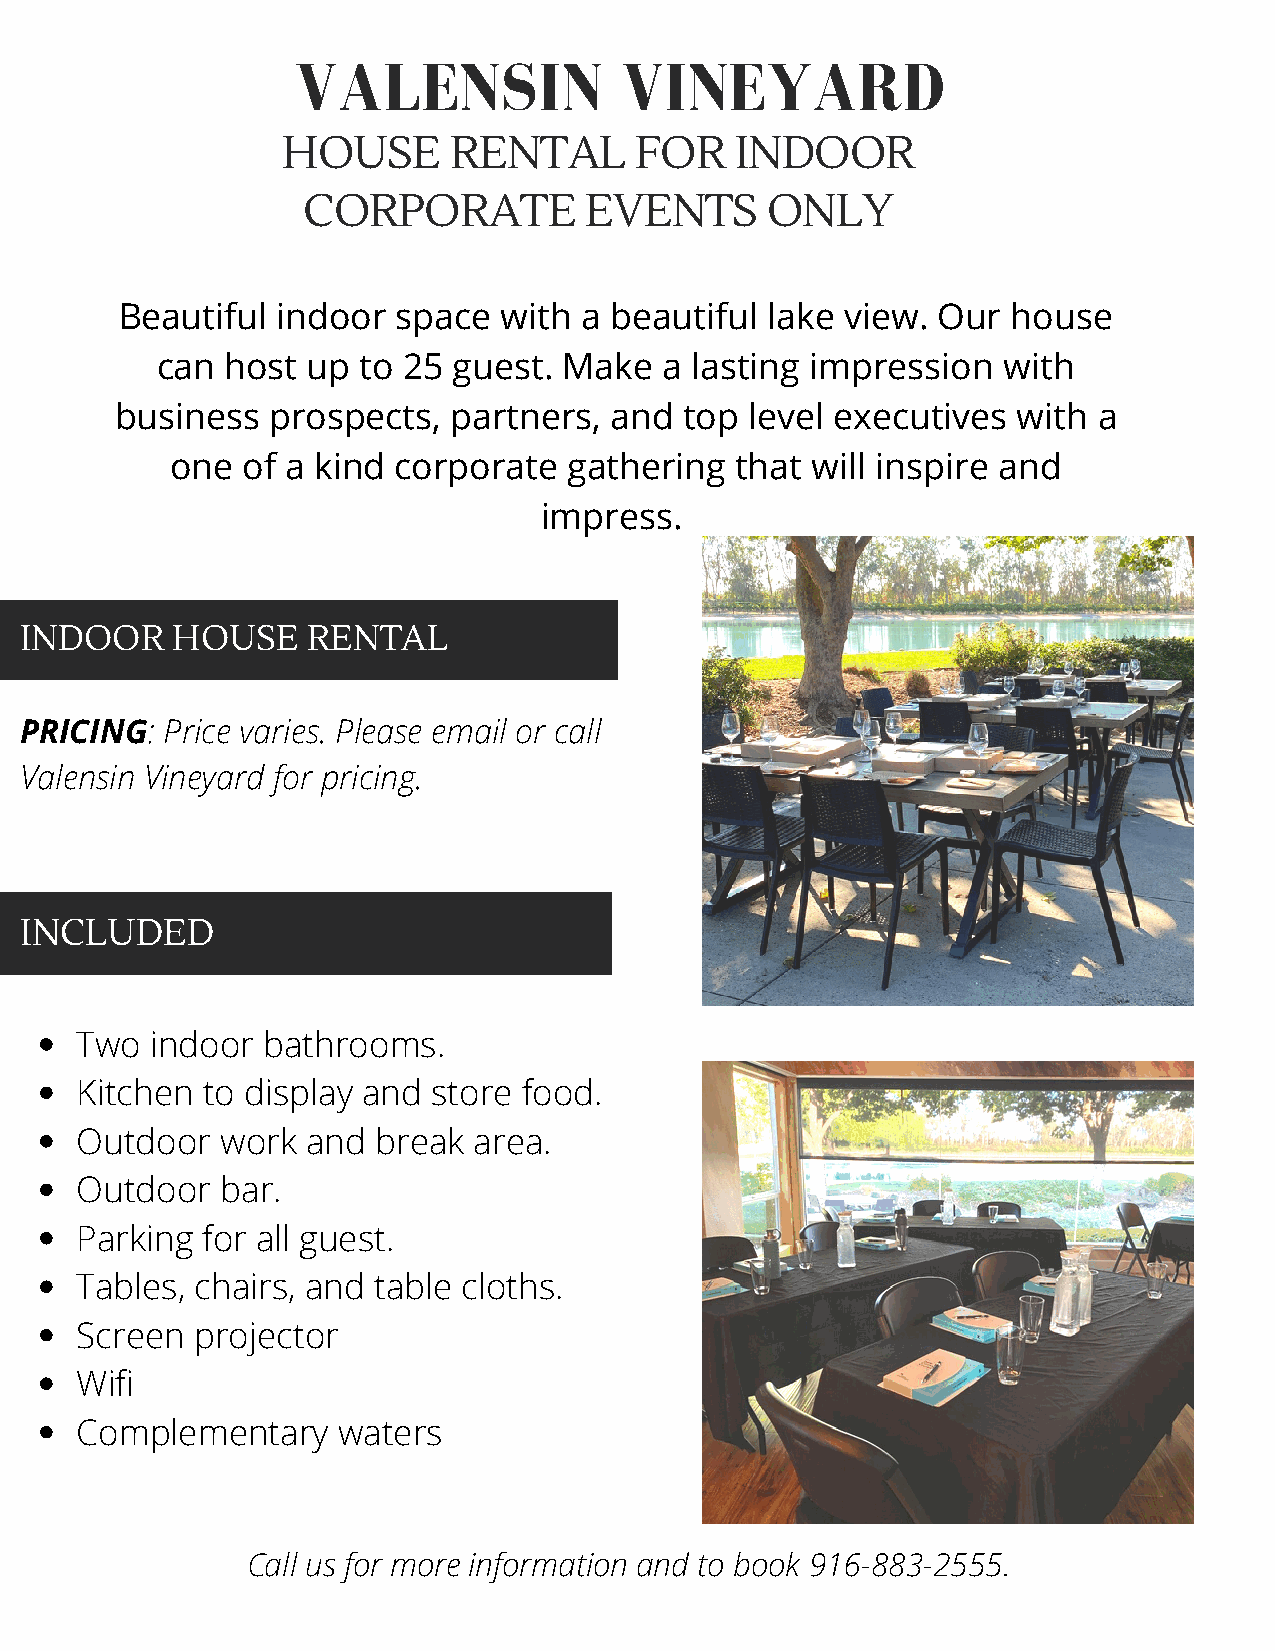
VALENSIN             VINEYARD
 HOUSE      RENTAL      FOR    INDOOR
 CORPORATE          EVENTS      ONLY
 Beautiful indoor  space  with  a beautiful lake view. Our  house
 can  host up  to 25 guest. Make   a lasting impression   with
 business  prospects,  partners, and  top  level executives with  a
 one  of a kind corporate   gathering  that will inspire and
 impress.
 INDOOR    HOUSE    RENTAL
 PRICING:  Price varies. Please email or call
 Valensin Vineyard for pricing.
 INCLUDED
 Two  indoor bathrooms.
 Kitchen to display and  store food.
 Outdoor   work and  break area.
 Outdoor   bar.
 Parking for all guest.
 Tables, chairs, and table cloths.
 Screen  projector
 Wifi
 Complementary    waters
 Call us for more information and to book 916-883-2555.